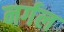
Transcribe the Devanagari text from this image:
नर्गल